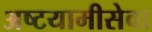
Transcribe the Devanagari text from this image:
अष्टयामीसेवा